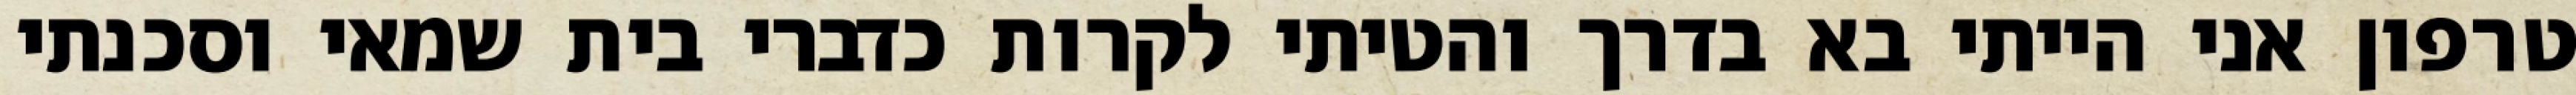
טרפון אני הייתי בא בדרך והטיתי לקרות כדברי בית שמאי וסכנתי